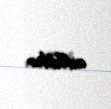
edildilər.